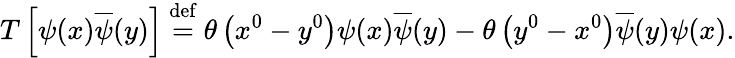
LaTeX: T\left[\psi(x){\overline{{\psi}}}(y)\right]\ {\overset{\mathrm{def}}{=}}\ \theta\left(x^{0}-y^{0}\right)\psi(x){\overline{{\psi}}}(y)-\theta\left(y^{0}-x^{0}\right){\overline{{\psi}}}(y)\psi(x).